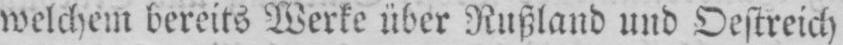
welchem bereits Werke über Rußland und Oestreich